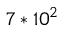
7 \ast 1 0 ^ { 2 }